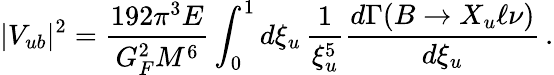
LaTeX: |V_{ub}|^{2}=\frac{192\pi^{3}E}{G_{F}^{2}M^{6}}\int_{0}^{1}d\xi_{u}\, \frac{1}{\xi_{u}^{5}}\frac{d\Gamma(B\to X_{u}\ell\nu)}{d\xi_{u}}\, .